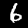
Label: 6